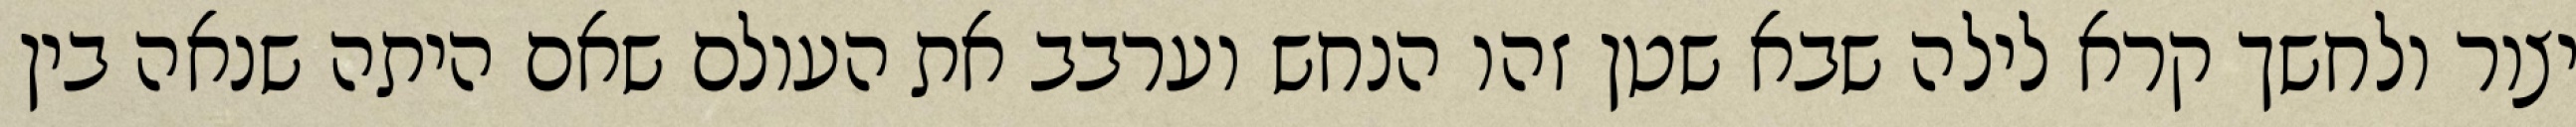
יצור ולחשך קרא לילה שבא שטן זהו הנחש וערבב את העולם שאם היתה שנאה בין